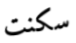
سكنت